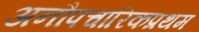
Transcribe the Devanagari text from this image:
अनौपचारिकप्रथम